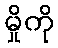
မှိုကို